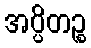
အပ္ပိတဉ္စ